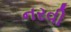
નરવી